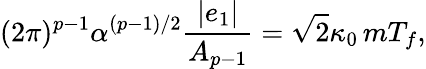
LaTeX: (2\pi)^{p-1}\alpha^{(p-1)/2}\frac{|e_{1}|}{A_{p-1}}=\sqrt{2}\kappa_{0}\, mT_{f},